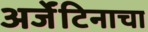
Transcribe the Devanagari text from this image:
अर्जेंटिनाचा